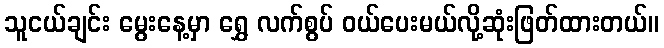
သူငယ်ချင်း မွေးနေ့မှာ ရွှေ လက်စွပ် ဝယ်ပေးမယ်လို့ဆုံးဖြတ်ထားတယ်။